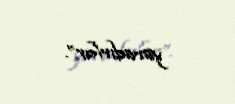
yaradırlar”.